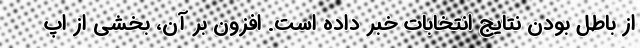
از باطل بودن نتایج انتخابات خبر داده است. افزون بر آن، بخشی از اپ